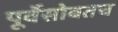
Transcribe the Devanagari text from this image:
पूर्वेसोबतच